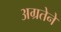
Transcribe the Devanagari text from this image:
अग्रतेने